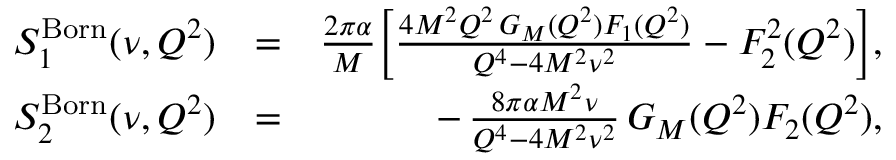
\begin{array} { r l r } { S _ { 1 } ^ { \mathrm { B o r n } } ( \nu , Q ^ { 2 } ) } & { = } & { \frac { 2 \pi \alpha } { M } \bigg [ \frac { 4 M ^ { 2 } Q ^ { 2 } \, G _ { M } ( Q ^ { 2 } ) F _ { 1 } ( Q ^ { 2 } ) } { Q ^ { 4 } - 4 M ^ { 2 } \nu ^ { 2 } } - F _ { 2 } ^ { 2 } ( Q ^ { 2 } ) \bigg ] , } \\ { S _ { 2 } ^ { \mathrm { B o r n } } ( \nu , Q ^ { 2 } ) } & { = } & { - \, \frac { 8 \pi \alpha M ^ { 2 } \nu } { Q ^ { 4 } - 4 M ^ { 2 } \nu ^ { 2 } } \, G _ { M } ( Q ^ { 2 } ) F _ { 2 } ( Q ^ { 2 } ) , } \end{array}